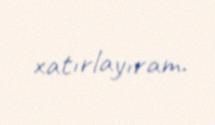
xatırlayıram.